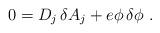
LaTeX: \begin{align*}0 = D_j\,\delta A_j + e \phi \,\delta \phi \,\, .\end{align*}